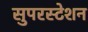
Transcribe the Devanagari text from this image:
सुपरस्टेशन